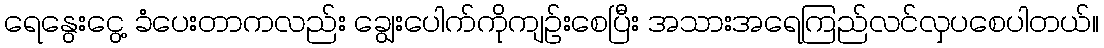
ရေနွေးငွေ့ ခံပေးတာကလည်း ချွေးပေါက်ကိုကျဉ်းစေပြီး အသားအရေကြည်လင်လှပစေပါတယ်။